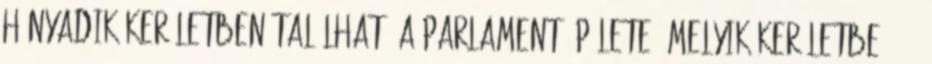
Hányadik kerületben található a Parlament épülete? Melyik kerületbe 2018